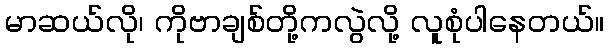
မာဆယ်လို၊ ကိုဗာချစ်တို့ကလွဲလို့ လူစုံပါနေတယ်။